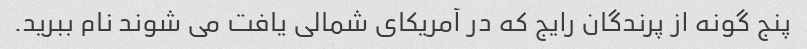
پنج گونه از پرندگان رایج که در آمریکای شمالی یافت می شوند نام ببرید.